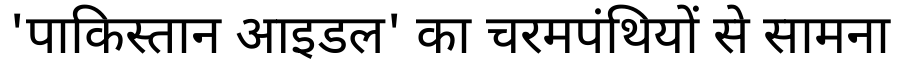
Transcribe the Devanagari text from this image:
'पाकिस्तान आइडल' का चरमपंथियों से सामना